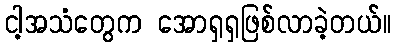
ငါ့အသံတွေက အောရှရှဖြစ်လာခဲ့တယ်။